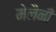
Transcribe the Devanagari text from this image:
मेलैनी